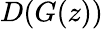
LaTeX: D(G(z))